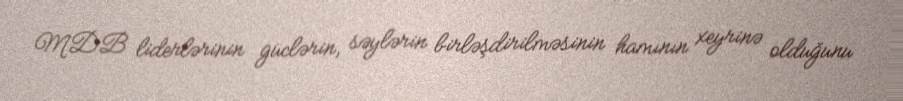
MDB liderlərinin güclərin, səylərin birləşdirilməsinin hamının xeyrinə olduğunu